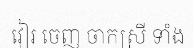
វៀរ ចេញ ចាកស្រី ទាំង